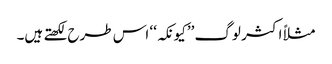
مثلاً اکثر لوگ ’’کیونکہ‘‘ اس طرح لکھتے ہیں۔